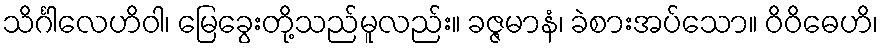
သိင်္ဂါလေဟိဝါ၊ မြေခွေးတို့သည်မူလည်း။ ခဇ္ဇမာနံ၊ ခဲစားအပ်သော။ ဝိဝိဓေဟိ၊